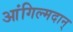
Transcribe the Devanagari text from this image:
आंगिल्मदान्